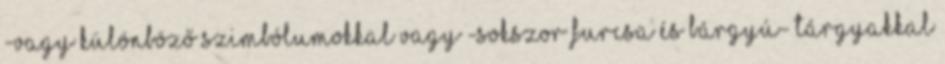
-vagy különböző szimbólumokkal vagy -sokszor furcsa és bárgyú- tárgyakkal